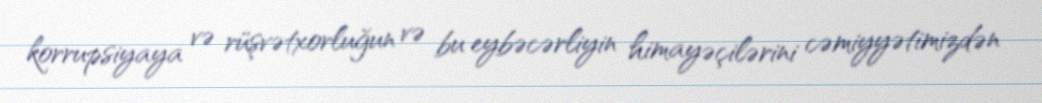
korrupsiyaya və rüşvətxorluğun və bu eybəcərliyin himayəçilərini cəmiyyətimizdən